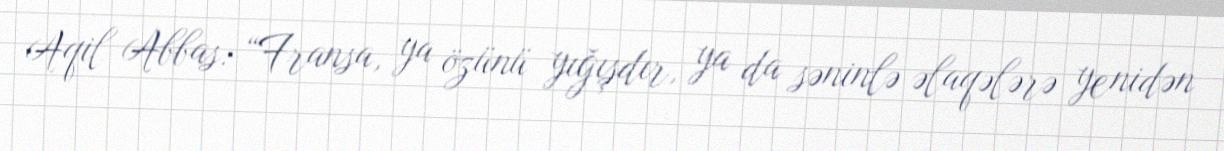
Aqil Abbas: “Fransa, ya özünü yığışdır, ya da səninlə əlaqələrə yenidən